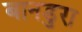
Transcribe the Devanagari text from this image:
बानडुरा